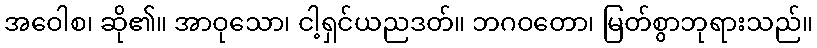
အဝေါစ၊ ဆို၏။ အာဝုသော၊ ငါ့ရှင်ယညဒတ်။ ဘဂဝတော၊ မြတ်စွာဘုရားသည်။